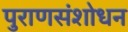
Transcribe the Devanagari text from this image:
पुराणसंशोधन